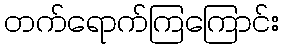
တက်ရောက်ကြကြောင်း